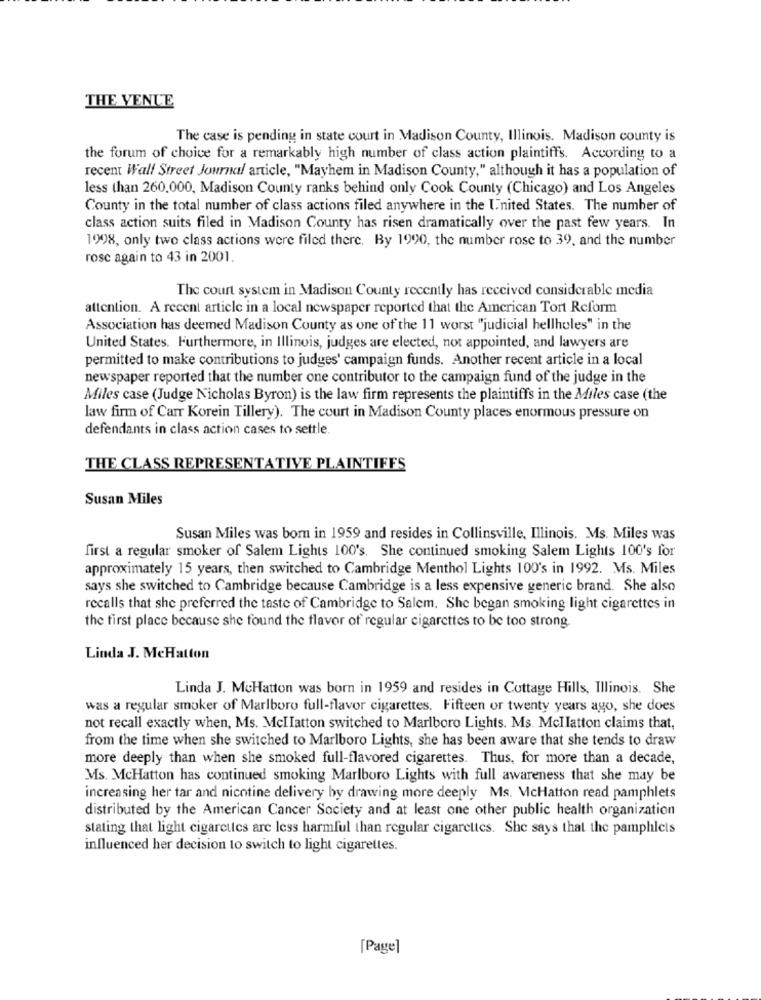
THE VENUE
The case is pending in state court in Madison County, Illinois. Madison county is
the forum of choice for a remarkably high number of class action plaintiffs. According to a
recent Wall Street Journal article, "Mayhem in Madison County," although it has a population of
less than 260.000, Madison County ranks behind only Cook County (Chicago) and Los Angeles
County in the total number of class actions filed anywhere in the United States. The number of
class action suits filed in Madison County has risen dramatically over the past few years. In
1998, only two class actions were filed there. By 1990, the number rose to 39, and the number
rosc again to 43 in 2001.
The court system in Madison County recently has received considerable media
attention. A recent article in a local newspaper reported that the American Tort Reform
Association has deemed Madison County as one of the 11 worst "judicial hellholes" in the
United States. Furthermore, in Illinois, judges are elected, not appointed, and lawyers are
permitted to make contributions to judges' campaign funds. Another recent article in a local
newspaper reported that the number one contributor to the campaign fund of the judge in the
Miles case (Judge Nicholas Byron) is the law firm represents the plaintiffs in the Miles case (the
law firm of Carr Korein Tillery). The court in Madison County places enormous pressure on
defendants in class action cases to settle
THE CLASS REPRESENTATIVE PLAINTIFFS
Susan Miles
Susan Miles was born in 1959 and resides in Collinsville, Illinois. Ms. Miles was
first a regular smoker of Salem Lights 100's. She continued smoking Salem Lights 100's for
approximately 15 years, then switched to Cambridge Menthol Lights 100's in 1992. Ms. Miles
says she switched to Cambridge because Cambridge is a less expensive generic brand. She also
recalls that she preferred the taste of Cambridge to Salem. She began smoking light cigarettes in
the first place because she found the flavor of regular cigarettes to be too strong.
Linda J. MeHatton
Linda J. McHatton was born in 1959 and resides in Cottage Hills, Illinois. She
was a regular smoker of Marlboro full-flavor cigarettes. Fifteen or twenty years ago, she does
not recall exactly when, Ms. Mcllatton switched to Marlboro Lights. Ms. Mcllatton claims that,
from the time when she switched to Marlboro Lights, she has been aware that she tends to draw
more deeply than when she smoked full-flavored cigarettes. Thus, for more than a decade,
Ms. McHatton has continued smoking Marlboro Lights with full awareness that she may be
increasing her tar and nicotine delivery by drawing more deeply Ms. VcHatton read pamphlets
distributed by the American Cancer Society and at least one other public health organization
stating that light cigarettes are less harmful than regular cigarettes. She says that the pamphlets
influenced her decision to switch to light cigarettes.
[Page]